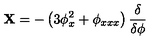
{ \bf X } = - \left( 3 \phi _ { x } ^ { 2 } + \phi _ { x x x } \right) \frac { \delta } { \delta \phi }